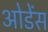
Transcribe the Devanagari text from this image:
ओडेंस